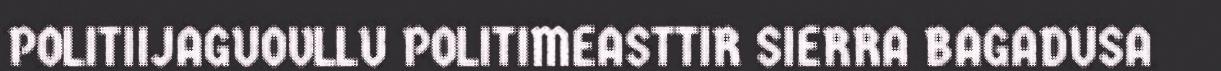
POLITIIJAGUOVLLU POLITIMEASTTIR SIERRA BAGADUSA